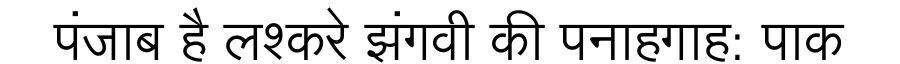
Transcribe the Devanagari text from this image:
पंजाब है लश्करे झंगवी की पनाहगाह: पाक